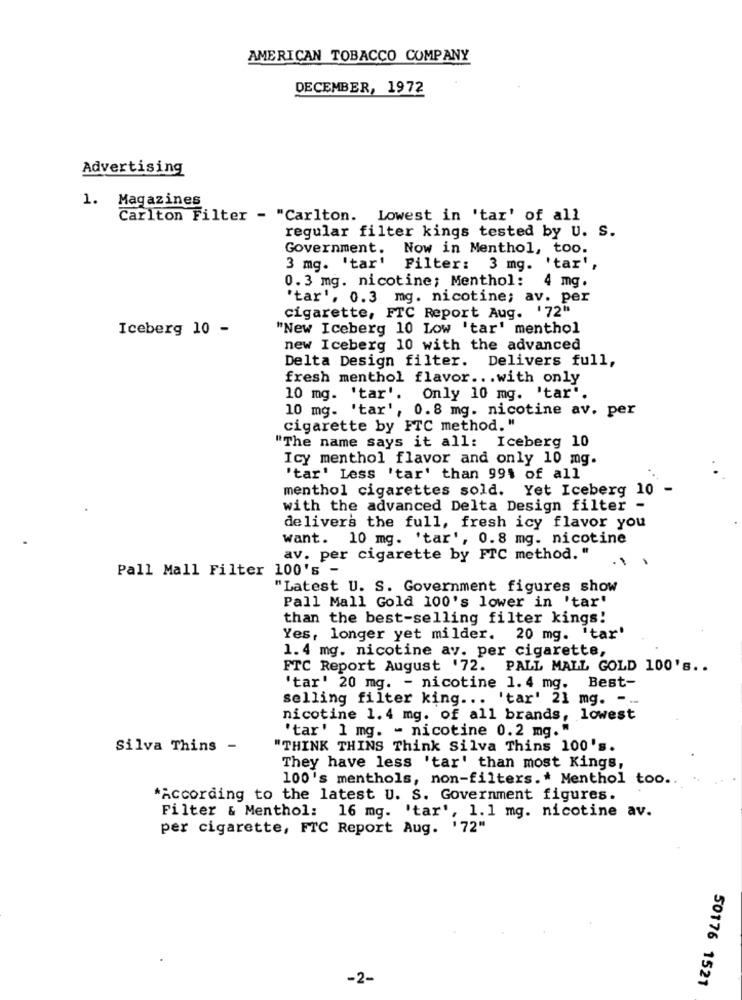
AMERICAN TOBACCO COMPANY
DECEMBER, 1972
Advertising
1. Magazines
Carlton Filter - "Carlton. Lowest in 'tar' of all
regular filter kings tested by U. S.
Government. Now in Menthol, too.
3 mg. 'tar' Filter: 3 mg. 'tar',
0. 3 mg. nicotine; Menthol:
4 mg.
'tar', 0.3 mg. nicotine; av. per
cigarette, FTC Report Aug. '72"
Iceberg 10 -
"New Iceberg 10 Low 'tar' menthol
new Iceberg 10 with the advanced
Delta Design filter. Delivers full,
fresh menthol flavor ... with only
10 mg. 'tar'. Only 10 mg. 'tar".
10 mg. 'tar', 0.8 mg. nicotine av. per
cigarette by FTC method. "
"The name says it all: Iceberg 10
Icy menthol flavor and only 10 mg.
"tar' Less 'tar' than 99% of all
menthol cigarettes sold. Yet Iceberg 10
with the advanced Delta Design filter -
delivers the full, fresh icy flavor you
want. 10 mg. 'tar', 0.8 mg. nicotine
av. per cigarette by FTC method. "
.1
Pall Mall Filter 100's -
"Latest U. S. Government figures show
Pall Mall Gold 100's lower in 'tar'
than the best-selling filter kings!
Yes, longer yet milder. 20 mg. 'tar'
1.4 mg. nicotine av. per cigarette,
FTC Report August '72. PALL MALL GOLD 100's ..
'tar' 20 mg. - nicotine 1. 4 mg. Best-
selling filter king ... 'tar' 21 mg. -
nicotine 1.4 mg. of all brands, lowest
'tar' 1 mg. - nicotine 0.2 mg. "
Silva Thins -
"THINK THINS Think Silva Thins 100's.
They have less 'tar' than most Kings,
100's menthols, non-filters .* Menthol too ..
"According to the latest U. S. Government figures.
Filter & Menthol: 16 mg. 'tar', 1.1 mg. nicotine av.
per cigarette, FTC Report Aug. '72"
-2-
50176 1521